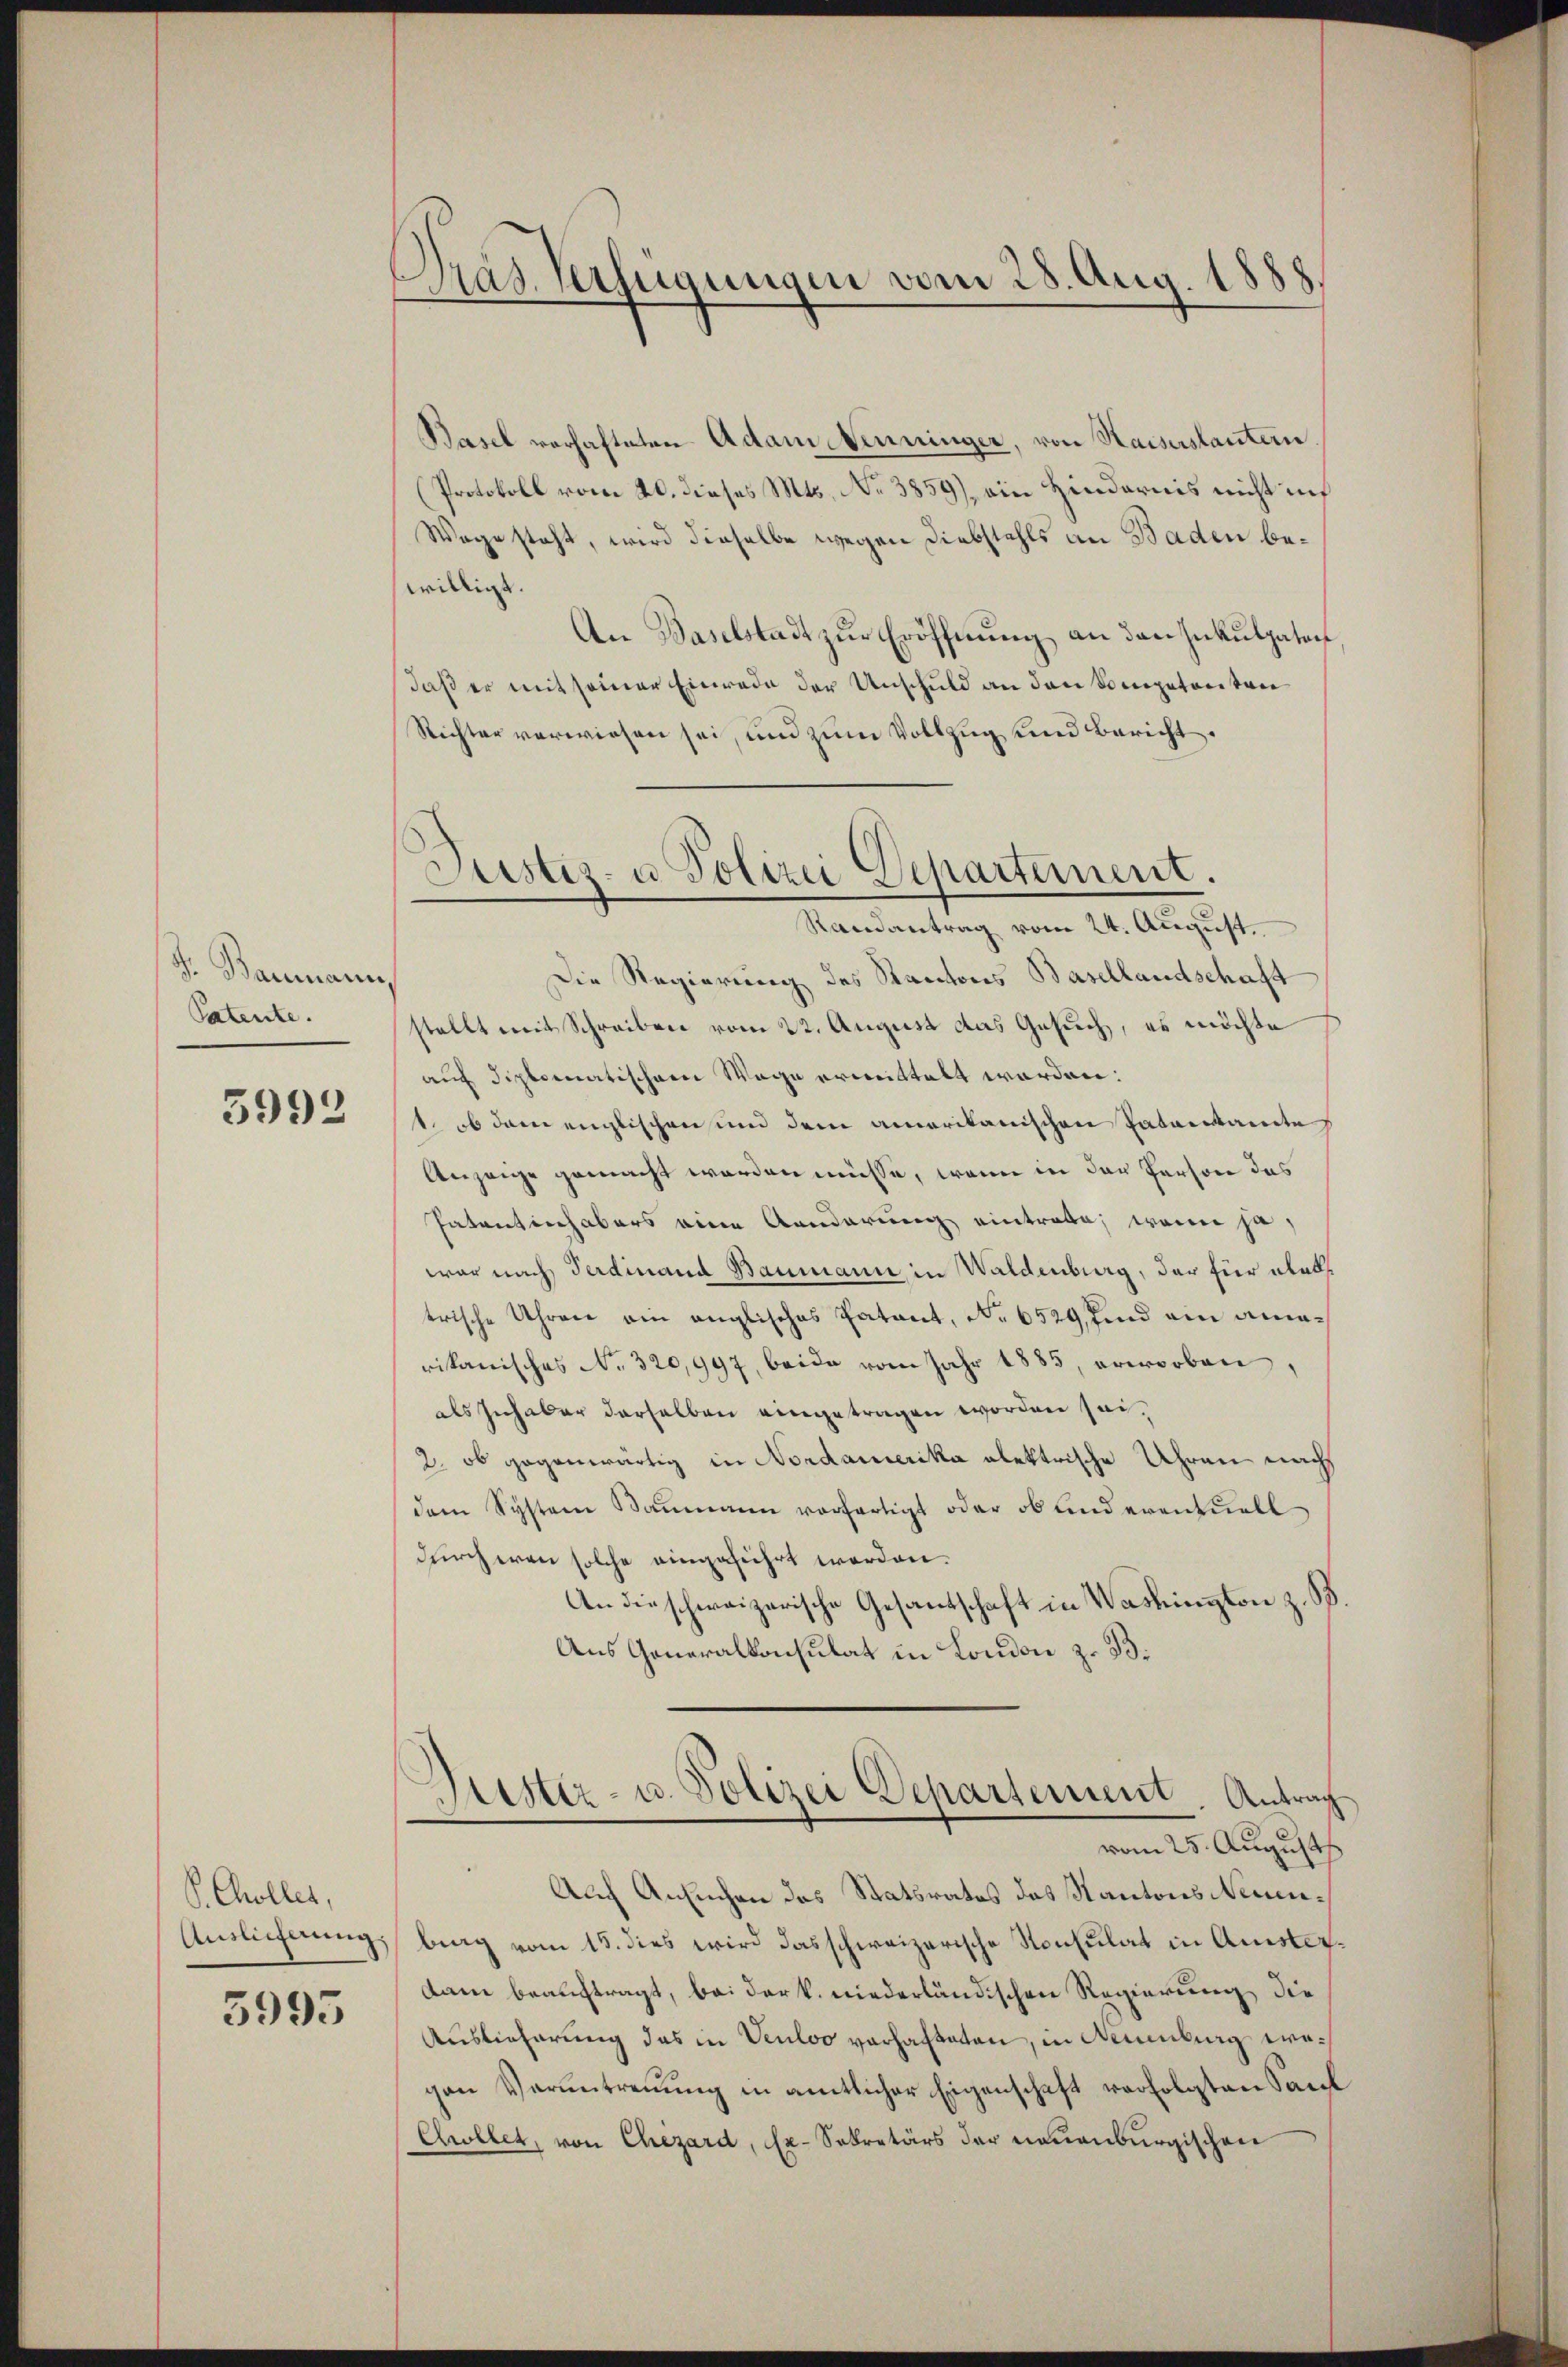
S. Baumann,
Patente.

3993

S. Collet,
Auslicherung.
5995

Pras Verfügungen vom 28. Aug. 1888.

Basel verhafteten Adam Senninger, von Kaiserstantern
(Protokoll vom 20. dieses Mts. No 3859), ein Hindernis nicht in
Wege steht, wird dieselbe wegen Diebstahls an Baden bewilligt.
An Baselstadt zur Eröffnung an den Inkulpaten
Daß er mit seiner Einrede der Unschuld an den Sompetenten
Richter verwiesen sei, und zum Vollzug und Bericht.
Die Regierung des Kantons Basellandschaft
stellt mit Schreiben vom 22. August das Gesuch, es möchte
auf diplomatischem Wage ermittelt worden:
1. ob dem englischen und dem amerikanischen Paterkannte
Anzeige gemacht worden müsse, wenn in der Person des
Patentinhabers einen Aenderung eintrabe, wenn ja,
war nach Ferdinand Baumann, in Waldenburg, der für alabtrische Uhren ein anglisches Patant, No 6529, find ein amarikanisches No. 320,997, beide vom Jahr 1885, erworben,
als Inhaber derselben eingetragen worden sei¬
2. ob gegenwärtig in Nordamerika alektrische Uhren nach
dem System Baumann vorfertigt oder ob und eventuell
durch wenn solche eingeführt worden.
An die schweizerische Gesandschaft in Washington z. B.
Aus Generalkonsulat in London z. B.
Hiester- u. Polizei Departement. Antrag
vom 25. August
Auch Ansuchen des Statsrates des Kantons Neuenbing vom 15. dies wird das schweizerische Konsulat in Ansterdam beauftragt, bei der k. niederländischen Regierung die
Auslieferung das in Venloo vorhafteten, in Neuenburg wegen Verantreuung in amtlicher Eigenschaft verfolgten Saal
Chwllet, von Chezard, Ex-Sekretärs der neuenburgischen

Justiz- u Polizei Departement.
Randantrag vom 24. August.